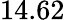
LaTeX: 14.62